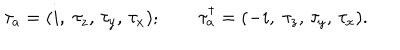
\tau _ { a } = ( i , \; \tau _ { z } , \, \tau _ { y } , \, \tau _ { x } ) ; \qquad \tau _ { a } ^ { \dagger } = ( - i , \; \tau _ { z } , \, \tau _ { y } , \, \tau _ { x } ) .